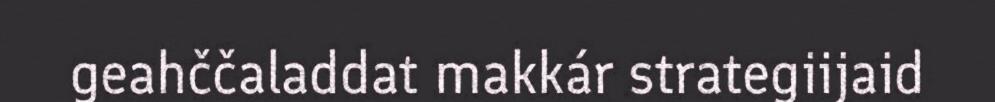
geahččaladdat makkár strategiijaid